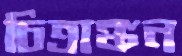
চিত্রাঙ্কন